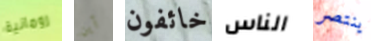
رومانية أين خائفون الناس ينتصر